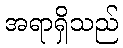
အရာရှိသည်